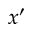
x ^ { \prime }